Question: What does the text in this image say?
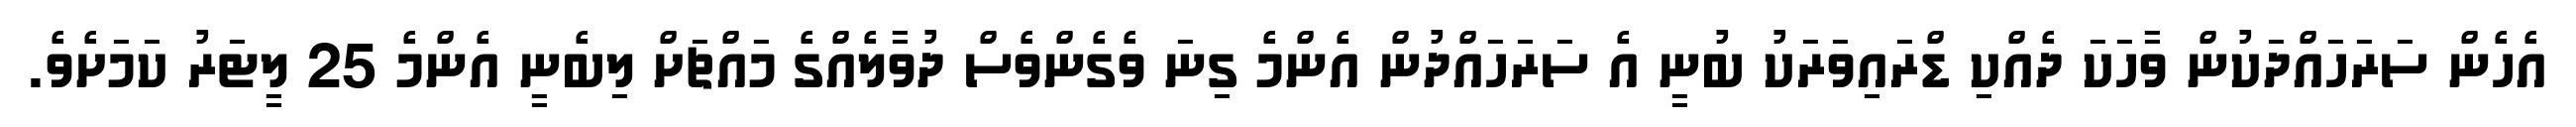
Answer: އެހެން ސަރަހައްދަކުން ވާހަކަ ދެއްކި ޑްރައިވަރަކު ބުނީ އެ ސަރަހައްދުން އެންމެ ގިނަ ވެގެންވެސް ދުވާލެއްގެ މައްޗަށް ލިބެނީ އެންމެ 25 ލީޓަރު ކަމަށެވެ.